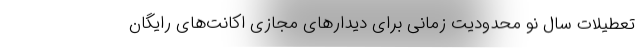
تعطیلات سال نو محدودیت زمانی برای دیدارهای مجازی اکانت‌های رایگان